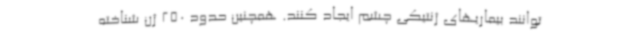
توانند بیماریهای ژنتیکی چشم ایجاد کنند. همچنین حدود 250 ژن شناخته